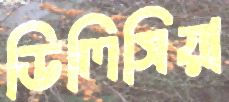
ডিলিসিয়া